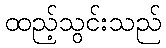
ထည့်သွင်းသည်